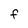
Character: F